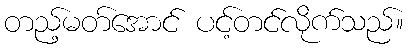
တည့်မတ်အောင် ပင့်တင်လိုက်သည်။